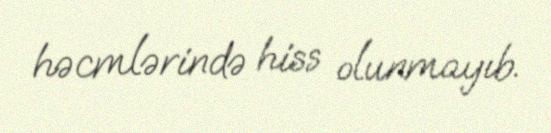
həcmlərində hiss olunmayıb.